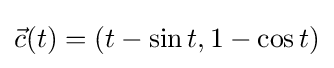
{\vec {c}}(t)=(t-\sin t,1-\cos t)